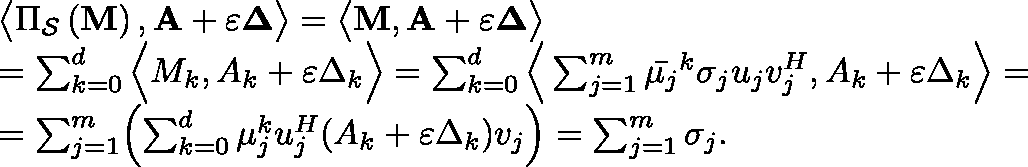
\begin{array} { r l } & { \big \langle \Pi _ { \mathcal { S } } \left( \mathbf { M } \right) , \mathbf { A } + \varepsilon \mathbf { \Delta } \big \rangle = \big \langle \mathbf { M } , \mathbf { A } + \varepsilon \mathbf { \Delta } \big \rangle } \\ & { = \sum _ { k = 0 } ^ { d } \Big \langle M _ { k } , A _ { k } + \varepsilon \Delta _ { k } \Big \rangle = \sum _ { k = 0 } ^ { d } \Big \langle \sum _ { j = 1 } ^ { m } \bar { \mu _ { j } } ^ { k } \sigma _ { j } u _ { j } v _ { j } ^ { H } , A _ { k } + \varepsilon \Delta _ { k } \Big \rangle = } \\ & { = \sum _ { j = 1 } ^ { m } \Bigl ( \sum _ { k = 0 } ^ { d } \mu _ { j } ^ { k } u _ { j } ^ { H } ( A _ { k } + \varepsilon \Delta _ { k } ) v _ { j } \Bigr ) = \sum _ { j = 1 } ^ { m } \sigma _ { j } . } \end{array}